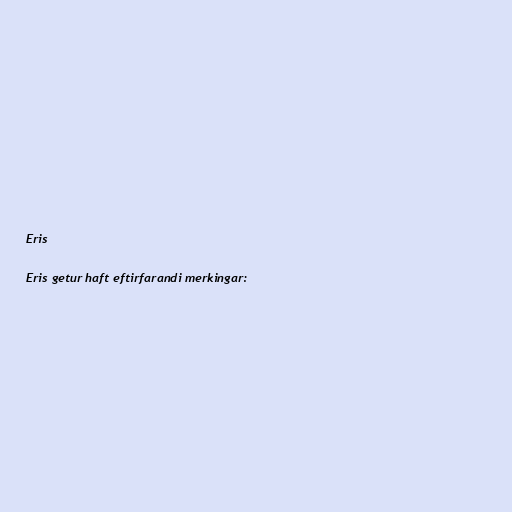
Eris

Eris getur haft eftirfarandi merkingar: